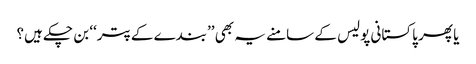
یا پھر پاکستانی پولیس کے سامنے یہ بھی ’’بندے کے پتر‘‘ بن چکے ہیں؟